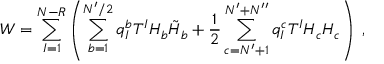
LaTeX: { \cal W } = \sum _ { I = 1 } ^ { N - R } \left( \sum _ { b = 1 } ^ { N ^ { \prime } / 2 } q _ { I } ^ { b } T ^ { I } H _ { b } \tilde { H } _ { b } + \frac { 1 } { 2 } \sum _ { c = N ^ { \prime } + 1 } ^ { N ^ { \prime } + N ^ { \prime \prime } } q _ { I } ^ { c } T ^ { I } H _ { c } H _ { c } \right) \; ,